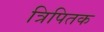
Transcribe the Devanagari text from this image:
त्रिपितक